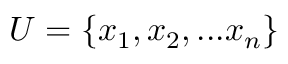
U = \{ x _ { 1 } , x _ { 2 } , . . . x _ { n } \}